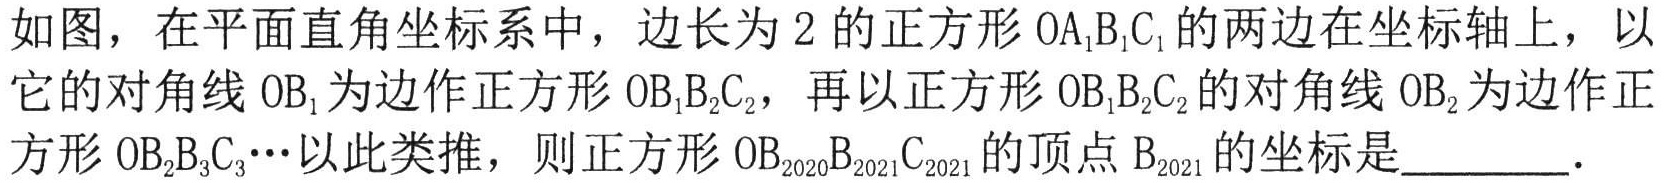
如图，在平面直角坐标系中，边长为$2$的正方形$OA_{1}B_{1}C_{1}$的两边在坐标轴上，以它的对角线$OB_{1}$为边作正方形$OB_{1}B_{2}C_{2}$，再以正方形$OB_{1}B_{2}C_{2}$的对角线$OB_{2}$为边作正方形$OB_{2}B_{3}C_{3}\cdots$以此类推，则正方形$OB_{2020}B_{2021}C_{2021}$的顶点$B_{2021}$的坐标是  ．